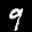
Label: 9